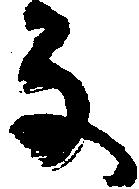
な